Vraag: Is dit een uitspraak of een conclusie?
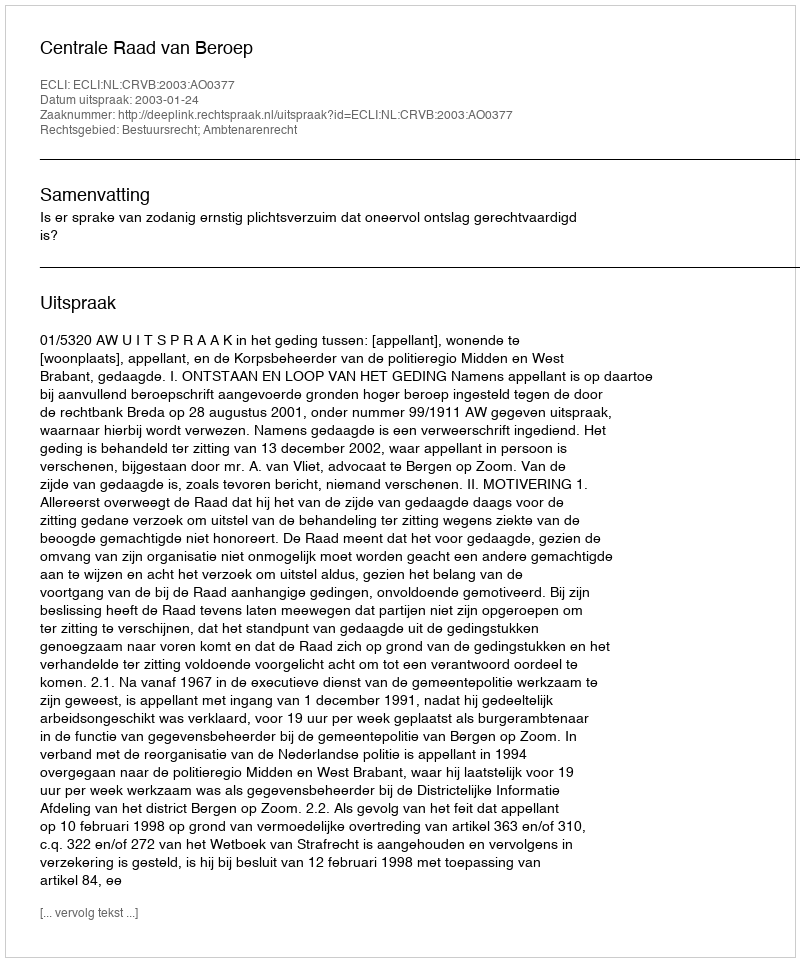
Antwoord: Uitspraak